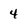
Character: 4